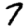
Digit: 7